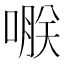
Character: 𠹻